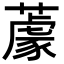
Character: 𦼫